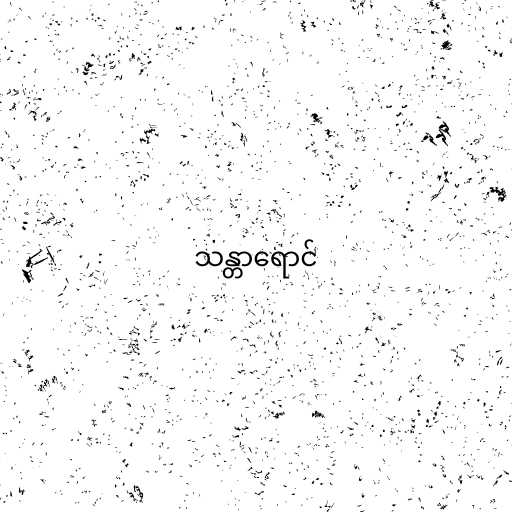
သန္တာရောင်